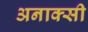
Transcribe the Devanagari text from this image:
अनाक्सी